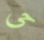
حى